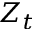
Z _ { t }